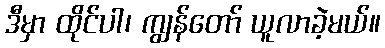
ဒီမှာ ထိုင်ပါ၊ ကျွန်တော် ယူလာခဲ့မယ်။